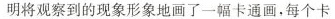
明将观察到的现象形象地画了一幅卡通画，每个卡